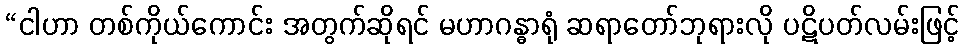
“ငါဟာ တစ်ကိုယ်ကောင်း အတွက်ဆိုရင် မဟာဂန္ဓာရုံ ဆရာတော်ဘုရားလို ပဋိပတ်လမ်းဖြင့်